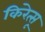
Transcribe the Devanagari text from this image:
किरेत्सू